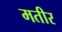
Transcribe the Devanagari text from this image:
मतीर